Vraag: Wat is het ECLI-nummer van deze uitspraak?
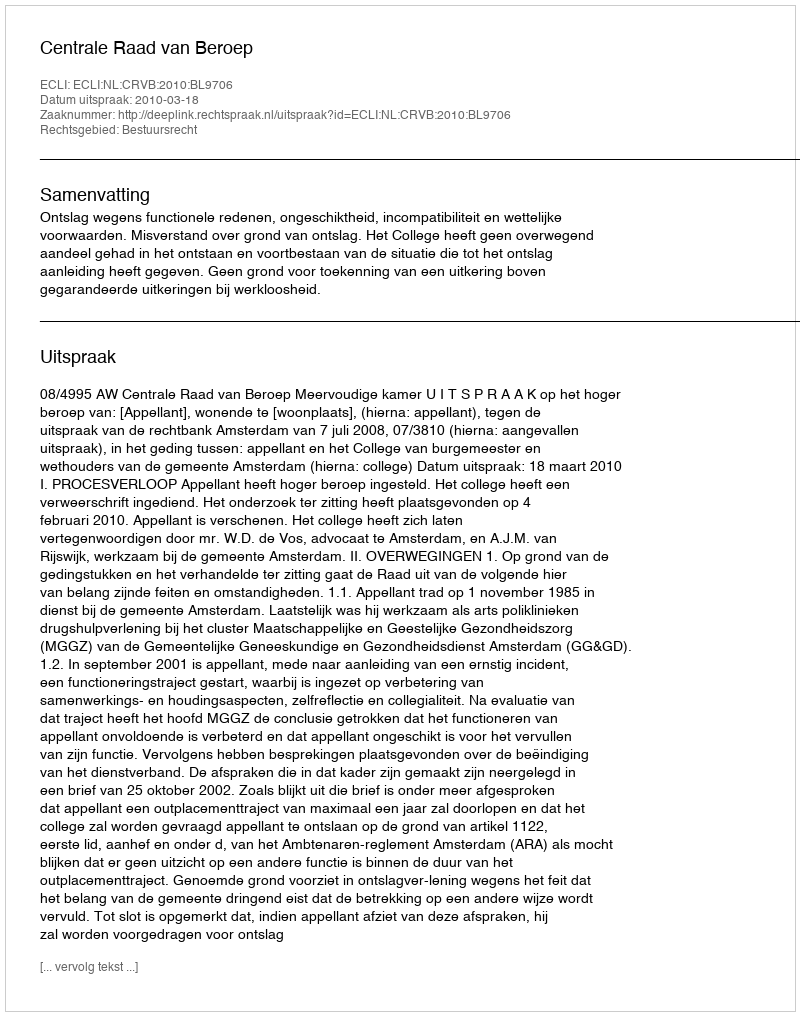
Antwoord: ECLI:NL:CRVB:2010:BL9706